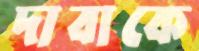
দাবাকে